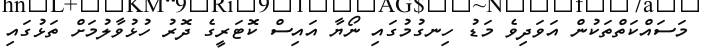
މަސައްކަތްތަކުން އަވަދިވެ މަޑު ހިނގުމުގައި ނޯޔާ އައިސް ކޮޓަރީގެ ދޮރު ހުޅުވާލުމަށް ތަޅުގައި